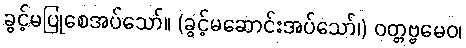
ခွင့်မပြုစေအပ်သော်။ (ခွင့်မဆောင်းအပ်သော်၊) ဝတ္တဗ္ဗမေဝ၊